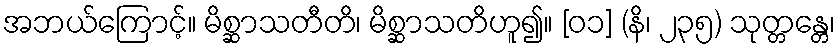
အဘယ်ကြောင့်။ မိစ္ဆာသတီတိ၊ မိစ္ဆာသတိဟူ၍။ [၀၁] (နိ၊ ၂၃၅) သုတ္တန္တေ၊